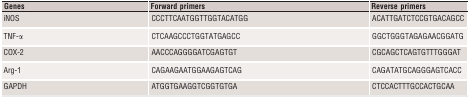
<table><thead><tr><td><b>Genes</b></td><td><b>Forward primers</b></td><td><b>Reverse primers</b></td></tr></thead><tbody><tr><td>iNOS</td><td>CCCTTCAATGGTTGGTACATGG</td><td>ACATTGATCTCCGTGACAGCC</td></tr><tr><td>TNF‐α</td><td>CTCAAGCCCTGGTATGAGCC</td><td>GGCTGGGTAGAGAACGGATG</td></tr><tr><td>COX‐2</td><td>AACCCAGGGGATCGAGTGT</td><td>CGCAGCTCAGTGTTTGGGAT</td></tr><tr><td>Arg‐1</td><td>CAGAAGAATGGAAGAGTCAG</td><td>CAGATATGCAGGGAGTCACC</td></tr><tr><td>GAPDH</td><td>ATGGTGAAGGTCGGTGTGA</td><td>CTCCACTTTGCCACTGCAA</td></tr></tbody></table>